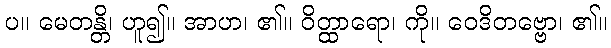
ပ။ မေတန္တိ၊ ဟူ၍။ အာဟ၊ ၏။ ဝိတ္ထာရော၊ ကို။ ဝေဒိတဗ္ဗော၊ ၏။